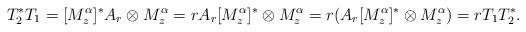
LaTeX: \begin{align*}T_2^*T_1= [M_z^{\alpha}]^*A_r \otimes M_z^{\alpha} = r A_r [M_z^{\alpha}]^* \otimes M_z^{\alpha} = r(A_r [M_z^{\alpha}]^* \otimes M_z^{\alpha})=rT_1 T_2^*. \end{align*}